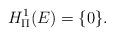
LaTeX: \begin{align*}H_{\Pi}^{1}(E)=\{0\}.\end{align*}